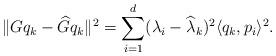
LaTeX: \begin{align*}\| Gq_k - \widehat G q_k \|^2 = \sum_{i=1}^d(\lambda_i-\widehat \lambda_k)^2 \langle q_k, p_i \rangle^2 .\end{align*}